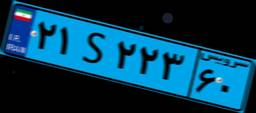
۰۰S۶۷۸۶۸